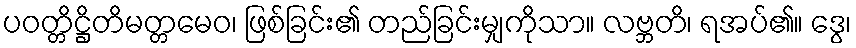
ပဝတ္တိဋ္ဌိတိမတ္တမေဝ၊ ဖြစ်ခြင်း၏ တည်ခြင်းမျှကိုသာ။ လဗ္ဘတိ၊ ရအပ်၏။ ဒွေ၊